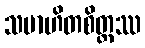
သမာဟိတစိတ္တဿ